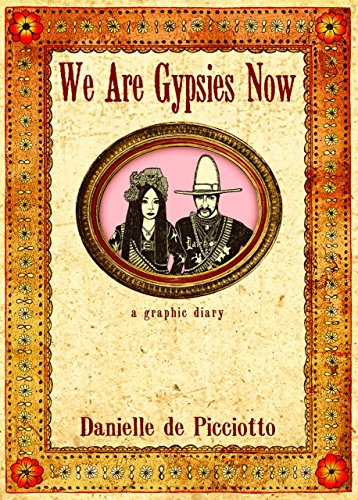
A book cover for We Are Gypsies Now: A Graphic Diary; Danielle de Picciotto; Comics & Graphic Novels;